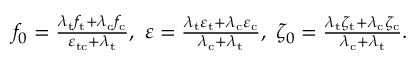
\begin{array} { r } { f _ { 0 } = \frac { \lambda _ { \mathrm { t } } f _ { \mathrm { t } } + \lambda _ { \mathrm { c } } f _ { \mathrm { c } } } { \varepsilon _ { \mathrm { t c } } + \lambda _ { \mathrm { t } } } , \ \varepsilon = \frac { \lambda _ { \mathrm { t } } \varepsilon _ { \mathrm { t } } + \lambda _ { \mathrm { c } } \varepsilon _ { \mathrm { c } } } { \lambda _ { \mathrm { c } } + \lambda _ { \mathrm { t } } } , \ \zeta _ { 0 } = \frac { \lambda _ { \mathrm { t } } \zeta _ { \mathrm { t } } + \lambda _ { \mathrm { c } } \zeta _ { \mathrm { c } } } { \lambda _ { \mathrm { c } } + \lambda _ { \mathrm { t } } } . } \end{array}